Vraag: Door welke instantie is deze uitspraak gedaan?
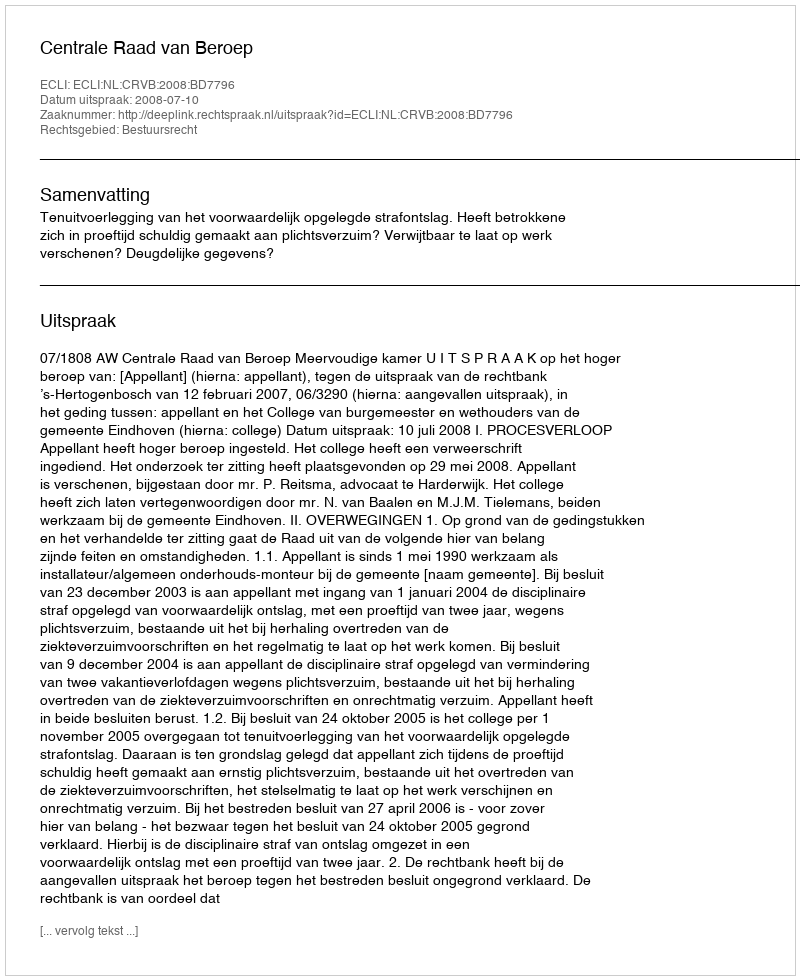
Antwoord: Centrale Raad van Beroep